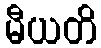
မီယတိ